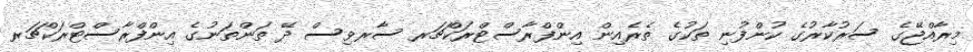
މިރާއްޖޭގެ ސަރުކާރުގެ ކުންފުނި ތަކުގެ ތެރެއިން އިންފްރާސްޓްރަކްޗަރ ސާރވިސް ދޭ ތަންތަނުގެ އިންފްރާސްޓްރަކްޗަރ